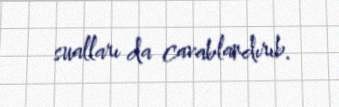
sualları da cavablandırıb.